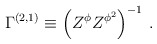
\begin{align*}{\Gamma}^{(2,1)} \equiv \left(Z^{\phi} Z^{\phi^2} \right)^{-1} \, .\end{align*}